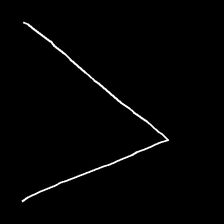
Glyph: region